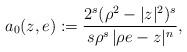
LaTeX: \begin{align*}a_0(z,e):=\frac{2^s(\rho^2-|z|^2)^s}{s\rho^s\,|\rho e-z|^n},\end{align*}